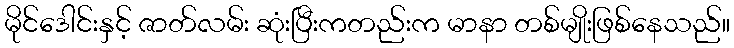
မိုင်ဒေါင်းနှင့် ဇာတ်လမ်း ဆုံးပြီးကတည်းက မာနာ တစ်မျိုးဖြစ်နေသည်။